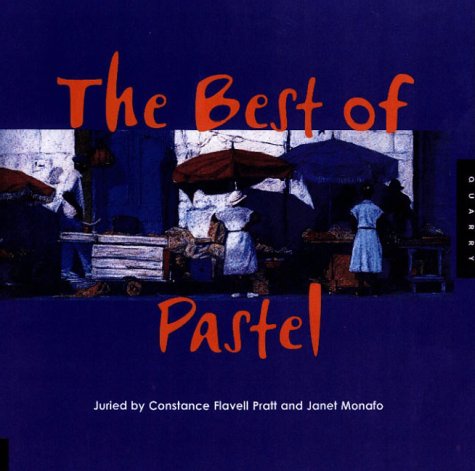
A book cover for The Best of Pastels (v. 3); Constance Flavell Pratt; Arts & Photography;